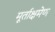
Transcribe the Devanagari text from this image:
मूर्ताक्षमेण